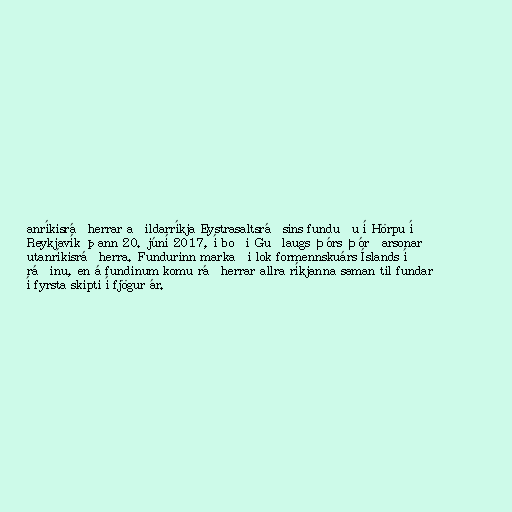
anríkisráðherrar aðildarríkja Eystrasaltsráðsins funduðu í Hörpu í
Reykjavík þann 20. júní 2017, í boði Guðlaugs Þórs Þórðarsonar
utanríkisráðherra. Fundurinn markaði lok formennskuárs Íslands í
ráðinu, en á fundinum komu ráðherrar allra ríkjanna saman til fundar
í fyrsta skipti í fjögur ár.